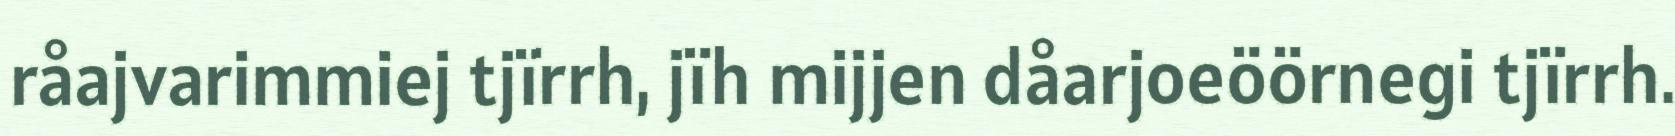
råajvarimmiej tjïrrh, jïh mijjen dåarjoeöörnegi tjïrrh.